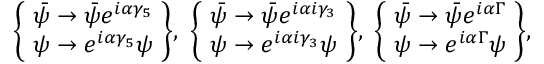
\begin{array} { r } { \left\{ \! \begin{array} { c c } { \bar { \psi } \rightarrow \bar { \psi } e ^ { i \alpha \gamma _ { 5 } } } \\ { \psi \rightarrow e ^ { i \alpha \gamma _ { 5 } } \psi } \end{array} \! \right\} \! , \ \left\{ \! \begin{array} { c c } { \bar { \psi } \rightarrow \bar { \psi } e ^ { i \alpha i \gamma _ { 3 } } } \\ { \psi \rightarrow e ^ { i \alpha i \gamma _ { 3 } } \psi } \end{array} \! \right\} \! , \ \left\{ \! \begin{array} { c c } { \bar { \psi } \rightarrow \bar { \psi } e ^ { i \alpha \Gamma } } \\ { \psi \rightarrow e ^ { i \alpha \Gamma } \psi } \end{array} \! \right\} \! , } \end{array}